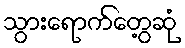
သွားရောက်တွေ့ဆုံ